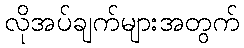
လိုအပ်ချက်များအတွက်